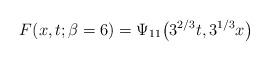
LaTeX: \begin{gather*}F(x,t;\beta=6) = \Psi_{11}\bigl(3^{2/3}t,3^{1/3}x\bigr)\end{gather*}